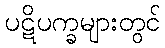
ပဋိပက္ခများတွင်